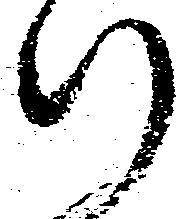
行